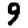
Digit: 9